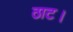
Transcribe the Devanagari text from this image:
ठाट।